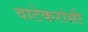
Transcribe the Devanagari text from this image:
वाटेकरांसी